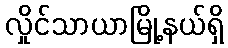
လှိုင်သာယာမြို့နယ်ရှိ